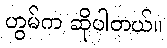
ဟွမ်က ဆိုပါတယ်။